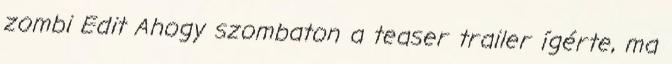
zombi Edit Ahogy szombaton a teaser trailer ígérte, ma